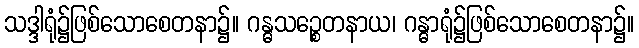
သဒ္ဒါရုံ၌ဖြစ်သောစေတနာ၌။ ဂန္ဓသဉ္စေတနာယ၊ ဂန္ဓာရုံ၌ဖြစ်သောစေတနာ၌။